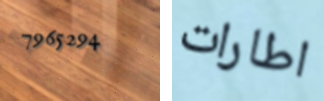
7965294 اطارات